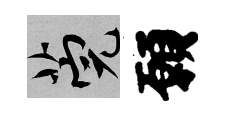
筦願